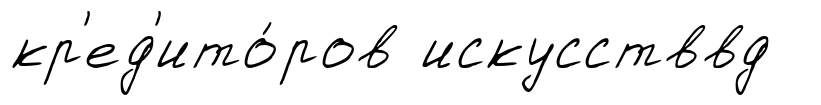
кр'ед'ито́ров искусстввд